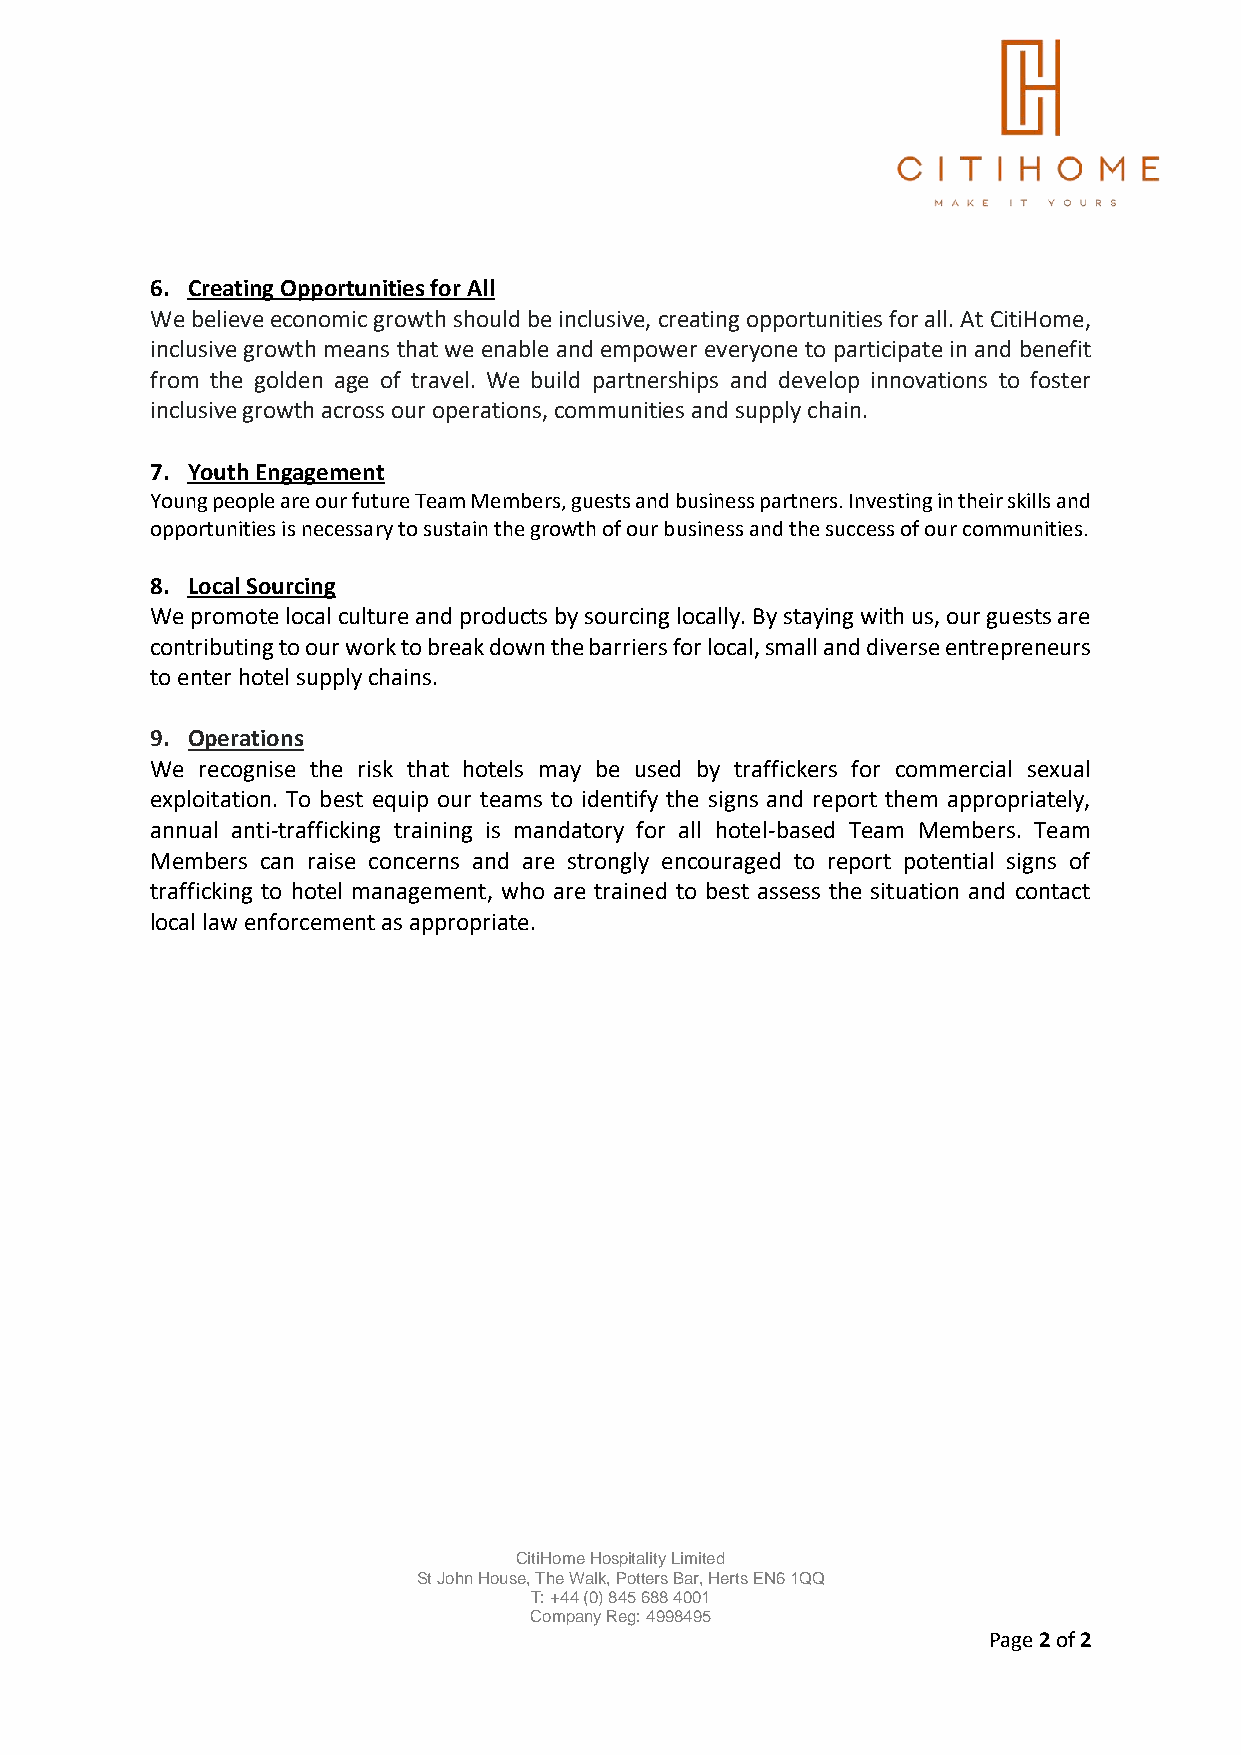
6. Creating Opportunities for All
 We believe economic growth should be inclusive, creating opportunities for all. At CitiHome,
 inclusive growth means that we enable and empower everyone to participate in and benefit
 from the golden age of travel. We build partnerships and develop innovations to foster
 inclusive growth across our operations, communities and supply chain.
 7. Youth Engagement
 Young people are our future Team Members, guests and business partners. Investing in their skills and
 opportunities is necessary to sustain the growth of our business and the success of our communities.
 8. Local Sourcing
 We promote local culture and products by sourcing locally. By staying with us, our guests are
 contributing to our work to break down the barriers for local, small and diverse entrepreneurs
 to enter hotel supply chains.
 9. Operations
 We recognise the risk that hotels may be used by traffickers for commercial sexual
 exploitation. To best equip our teams to identify the signs and report them appropriately,
 annual anti-trafficking training is mandatory for all hotel-based Team Members. Team
 Members can raise concerns and are strongly encouraged to report potential signs of
 trafficking to hotel management, who are trained to best assess the situation and contact
 local law enforcement as appropriate.
 CitiHome Hospitality Limited
 St John House, The Walk, Potters Bar, Herts EN6 1QQ
 T: +44 (0) 845 688 4001
 Company Reg: 4998495
 Page 2 of 2